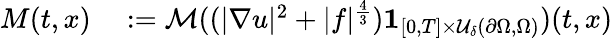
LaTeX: \begin{array}{rl}{M(t,x)}&{{}:=\mathcal M((|\nabla u|^{2}+|f|^{\frac 43})\mathbf 1_{[0,T]\times\mathcal U_{\delta}(\partial\Omega,\Omega)})(t,x)}\end{array}